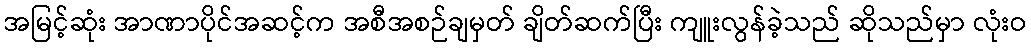
အမြင့်ဆုံး အာဏာပိုင်အဆင့်က အစီအစဉ်ချမှတ် ချိတ်ဆက်ပြီး ကျူးလွန်ခဲ့သည် ဆိုသည်မှာ လုံးဝ